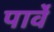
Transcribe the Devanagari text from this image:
पार्वे